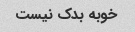
خوبه بدک نیست